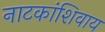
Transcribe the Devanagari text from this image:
नाटकांशिवाय